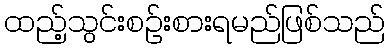
ထည့်သွင်းစဉ်းစားရမည်ဖြစ်သည်